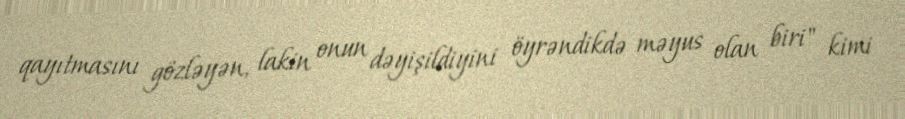
qayıtmasını gözləyən, lakin onun dəyişildiyini öyrəndikdə məyus olan biri" kimi